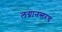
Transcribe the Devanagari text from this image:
लग्नानन्तरच